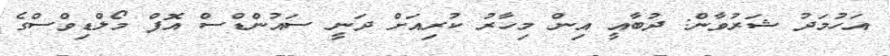
އަހުމަދު ޝަރުވާން: ދުބާއީ އިން މިހާރު ކުރިއަށް ދަނީ ސައުންޑްސް އޮފް މޯލްޑިވްސްގެ